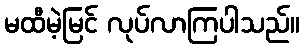
မထီမဲ့မြင် လုပ်လာကြပါသည်။